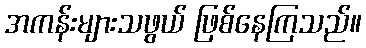
အကန်းများသဖွယ် ဖြစ်နေကြသည်။